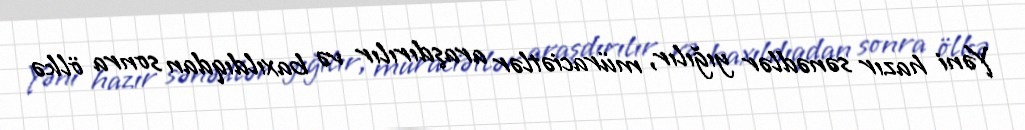
Yəni hazır sənədlər yığılır, müraciətlər araşdırılır və baxıldıqdan sonra ölkə